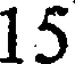
15